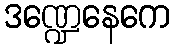
ဒဏ္ဍေနေကေ